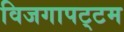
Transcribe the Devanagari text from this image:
विजगापट्‌टम